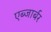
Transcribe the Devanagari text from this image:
एब्जार्बर